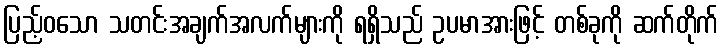
ပြည့်ဝသော သတင်းအချက်အလက်များကို ရရှိသည် ဥပမာအားဖြင့် တစ်ခုကို ဆက်တိုက်